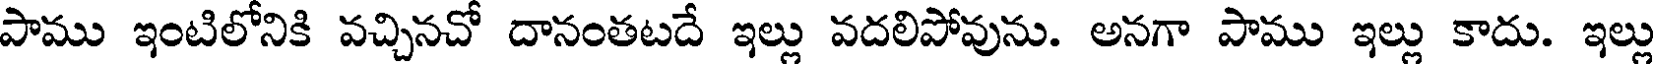
పాము ఇంటిలోనికి వచ్చినచో దానంతటదే ఇల్లు వదలిపోవును. అనగా పాము ఇల్లు కాదు. ఇల్లు